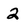
Character: 2